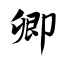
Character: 卿